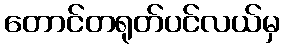
တောင်တရုတ်ပင်လယ်မှ